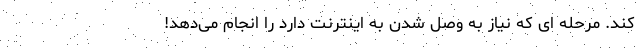
کند. مرحله ای که نیاز به وصل شدن به اینترنت دارد را انجام می‌دهد!